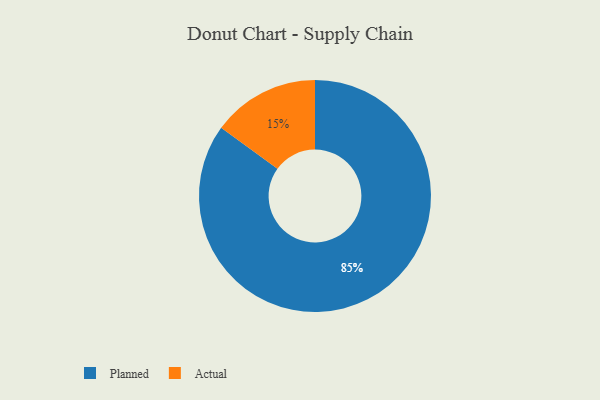
{"axis": {"x": "Category", "y": "Percentage"}, "legend": ["Actual", "Planned"], "data": [{"x": "Actual", "y": 15, "type": "Actual"}, {"x": "Planned", "y": 85, "type": "Planned"}]}